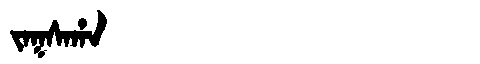
Manchu: ᠵᠠᡴᠰᠠᡥᠠ
Romanization: JAKSAHA